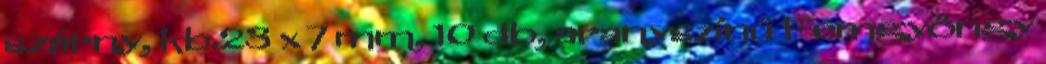
szárny, kb.23 x 7 mm, 10 db, aranyszínű Fémgyöngy